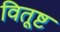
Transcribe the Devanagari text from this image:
वितूष्ट